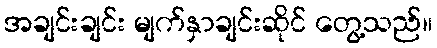
အချင်းချင်း မျက်နှာချင်းဆိုင် တွေ့သည်။